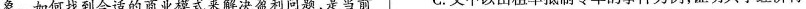
象。如何找到合适的商业模式来解决盈利问题，是当前 C.文中以出租车抵制专车的事件为例，证明共享经济行